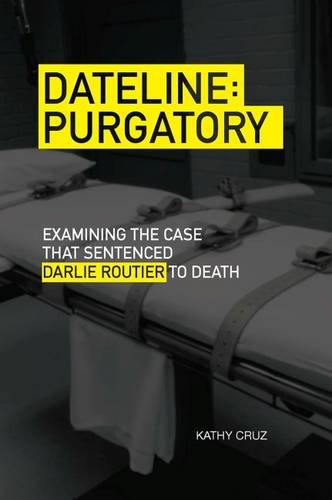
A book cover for Dateline Purgatory: Examining the Case that Sentenced Darlie Routier to Death; Kathy Cruz; Law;